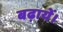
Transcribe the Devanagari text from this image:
बढ़ायें।